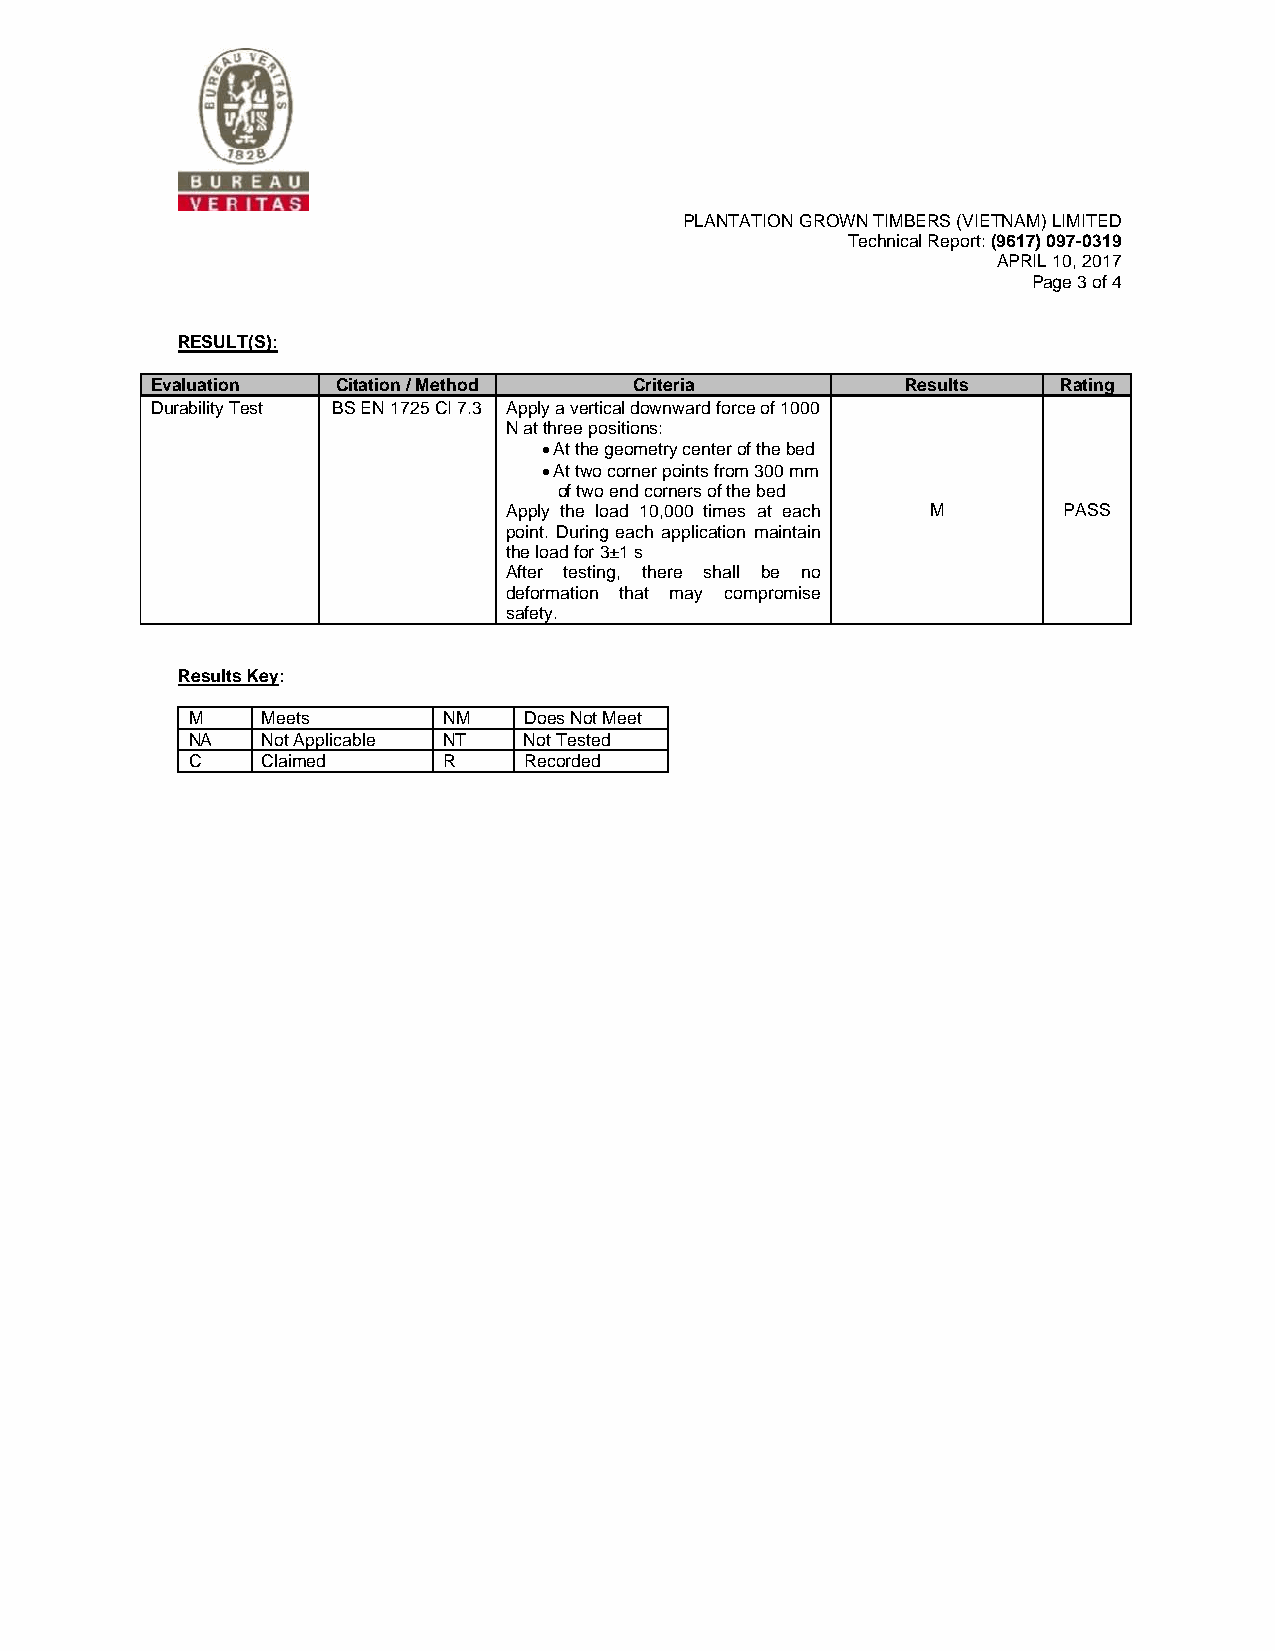
PLANTATION GROWN TIMBERS (VIETNAM) LIMITED
 Technical Report: (9617) 097-0319
 APRIL 10, 2017
 Page 3 of 4
 RESULT(S):
 Evaluation  Citation / Method   Criteria          Results   Rating
 Durability Test BS EN 1725 CI 7.3 Apply a vertical downward force of 1000
 N at three positions:
 • At the geometry center of the bed
 • At two corner points from 300 mm
 of two end corners of the bed
 Apply the load 10,000 times at each M PASS
 point. During each application maintain
 the load for 3±1 s
 After testing, there shall be no
 deformation that may compromise
 safety.
 Results Key:
 M    Meets       NM    Does Not Meet
 NA   Not Applicable NT Not Tested
 C    Claimed     R     Recorded